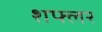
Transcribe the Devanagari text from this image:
शफ्लर